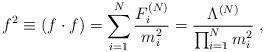
LaTeX: \begin{align*}f^2 \equiv (f\cdot f) = \sum_{i=1}^N \frac{F_i^{(N)}}{m_i^2}= \frac {\Lambda^{(N)}} {\prod_{i=1}^N m_i^2} \; ,\end{align*}